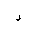
Letter: _dal